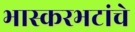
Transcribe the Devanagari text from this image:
भास्करभटांचे